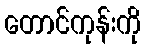
တောင်ကုန်းကို